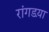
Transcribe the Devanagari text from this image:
रांगडय़ा